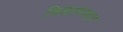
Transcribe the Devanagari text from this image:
विज्ञानमात्र